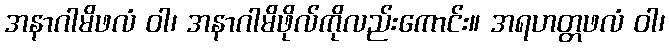
အနာဂါမိဖလံ ဝါ၊ အနာဂါမိဖိုလ်ကိုလည်းကောင်း။ အရဟတ္တဖလံ ဝါ၊